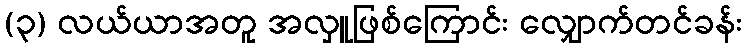
(၃) လယ်ယာအတူ အလှူဖြစ်ကြောင်း လျှောက်တင်ခန်း